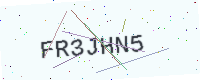
Text: FR3JHN5